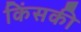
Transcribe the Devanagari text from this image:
किंसकी